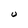
Character: U